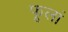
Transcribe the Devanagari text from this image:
फूलां